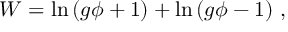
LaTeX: W = \ln \, ( g \phi + 1 ) + \ln \, ( g \phi - 1 ) \ ,